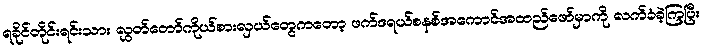
ရခိုင်တိုင်းရင်းသား လွှတ်တော်ကိုယ်စားလှယ်တွေကတော့ ဖက်ဒရယ်စနစ်အကောင်အထည်ဖော်မှာကို လက်ခံခဲ့ကြပြီး